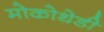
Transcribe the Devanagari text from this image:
मोकोथेडी